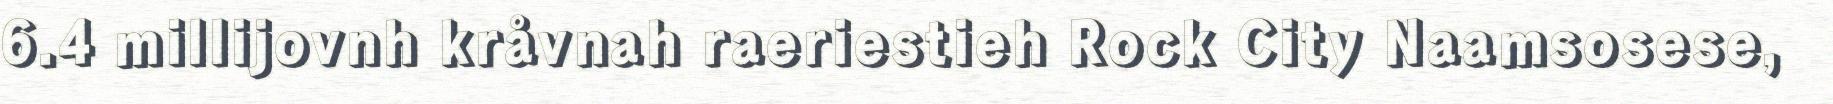
6.4 millijovnh kråvnah raeriestieh Rock City Naamsosese,